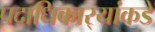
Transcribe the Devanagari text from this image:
पदाधिकार्‍यांकडे